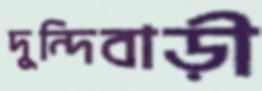
দুন্দিবাড়ী